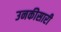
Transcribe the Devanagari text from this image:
उनकीसारी